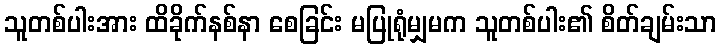
သူတစ်ပါးအား ထိခိုက်နစ်နာ စေခြင်း မပြုရုံမျှမက သူတစ်ပါး၏ စိတ်ချမ်းသာ